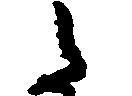
た